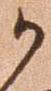
か